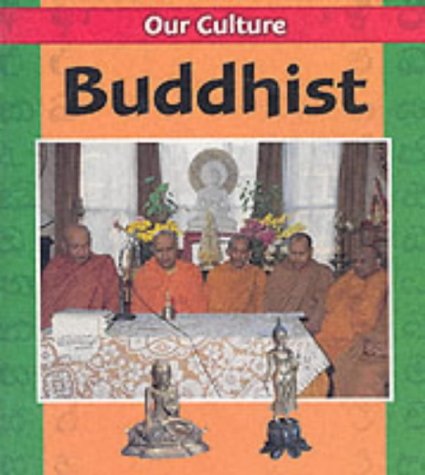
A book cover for Buddhist (Our Culture); Jenny Wood; Children's Books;